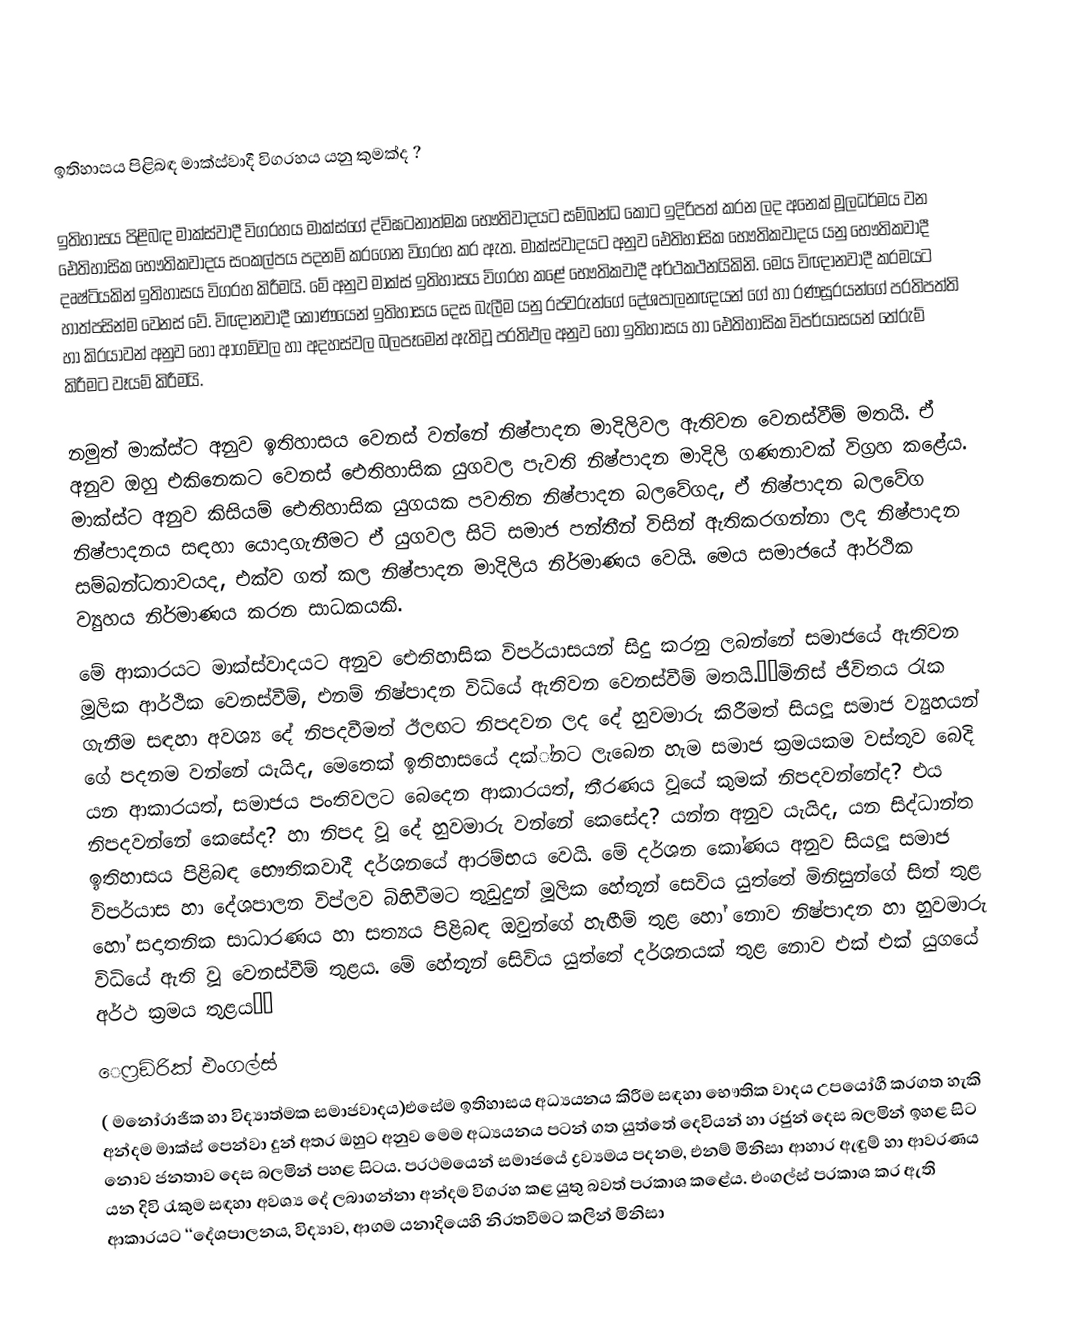

ඉතිහාසය පිළිබඳ මාක්ස්වාදී විග‍්‍රහය යනු කුමක්ද ?

ඉතිහාසය පිළිබඳ මාක්ස්වාදී විග‍්‍රහය මාක්ස්ගේ ද්විඝටනාත්මක භෞතිවාදයට සම්බන්ධ කොට ඉදිරිපත් කරන ලද අනෙක් මූලධර්මය වන ඓතිහාසික භෞතිකවාදය සංකල්පය පදනම් කරගෙන විග‍්‍රහ කර ඇත. මාක්ස්වාදයට අනුව ඓතිහාසික භෞතිකවාදය යනු භෞතිකවාදී දෘෂ්ටියකින් ඉතිහාසය විග‍්‍රහ කිරීමයි. මේ අනුව මාක්ස් ඉතිහාසය විග‍්‍රහ කළේ භෞතිකවාදී අර්ථකථනයිකිනි. මෙය විඥානවාදී ක‍්‍රමයට හාත්පසින්ම වෙනස් වේ. විඥානවාදී කෝණයෙන් ඉතිහාසය දෙස බැලීම යනු රජවරුන්ගේ දේශපාලනඥයන් ගේ හා රණසූරයන්ගේ ප‍්‍රතිපත්ති හා කි‍්‍රයාවන් අනුව හෝ ආගම්වල හා අදහස්වල බලපෑමෙන් ඇතිවූ ප‍්‍රතිඵල අනුව හෝ ඉතිහාසය හා ඓතිහාසික විපර්යාසයන් තේරුම් කිරීමට වෑයම් කිරීමයි.

නමුත් මාක්ස්ට අනුව ඉතිහාසය වෙනස් වන්නේ නිෂ්පාදන මාදිලිවල ඇතිවන වෙනස්වීම් මතයි. ඒ අනුව ඔහු එකිනෙකට වෙනස් ඓතිහාසික යුගවල පැවති නිෂ්පාදන මාදිලි ගණනාවක් විග‍්‍රහ කළේය. මාක්ස්ට අනුව කිසියම් ඓතිහාසික යුගයක පවතින නිෂ්පාදන බලවේගද, ඒ නිෂ්පාදන බලවේග නිෂ්පාදනය සඳහා යොදාගැනීමට ඒ යුගවල සිටි සමාජ පන්තීන් විසින් ඇතිකරගන්නා ලද නිෂ්පාදන සම්බන්ධතාවයද,  එක්ව ගත් කල නිෂ්පාදන මාදිලිය නිර්මාණය වෙයි. මෙය සමාජයේ ආර්ථික ව්‍යුහය නිර්මාණය කරන සාධකයකි.
මේ ආකාරයට මාක්ස්වාදයට අනුව ඓතිහාසික විපර්යාසයන් සිදු කරනු ලබන්නේ සමාජයේ ඇතිවන මූලික ආර්ථික වෙනස්වීම්, එනම් නිෂ්පාදන විධියේ ඇතිවන වෙනස්වීම් මතයි.‘‘මිනිස් ජීවිතය රැක ගැනීම සඳහා අවශ්‍ය දේ නිපදවීමත් ඊලඟට නිපදවන ලද දේ හුවමාරු කිරීමත් සියලූ සමාජ  ව්‍යුහයන් ගේ පදනම වන්නේ යැයිද, මෙතෙක් ඉතිහාසයේ දක්්නට ලැබෙන හැම සමාජ ක‍්‍රමයකම වස්තුව බෙදි යන ආකාරයත්, සමාජය පංතිවලට බෙදෙන ආකාරයත්, තීරණය වූයේ කුමක් නිපදවන්නේද? එය නිපදවන්නේ කෙසේද? හා නිපද වූ දේ හුවමාරු වන්නේ කෙසේද? යන්න අනුව යැයිද, යන සිද්ධාන්ත ඉතිහාසය පිළිබඳ භෞතිකවාදී දර්ශනයේ ආරම්භය වෙයි. මේ දර්ශන කෝණය අනුව සියලූ සමාජ විපර්යාස හා දේශපාලන විප්ලව බිහිවීමට තුඩුදුන් මූලික හේතූන් සෙවිය යුත්තේ මිනිසුන්ගේ සිත් තුළ හෝ සදාතනික සාධාරණය හා සත්‍යය පිළිබඳ ඔවුන්ගේ හැඟීම් තුළ හෝ නොව නිෂ්පාදන හා හුවමාරු විධියේ ඇති වූ වෙනස්වීම් තුළය. මේ හේතූන් සෙිවිය යුත්තේ දර්ශනයක් තුළ නොව එක් එක් යුගයේ අර්ථ ක‍්‍රමය තුළය’’
‍ෙෆ්‍රඞ්රික් එංගල්ස්
( මනෝරාජික හා විද්‍යාත්මක සමාජවාදය)එසේම ඉතිහාසය අධ්‍යයනය කිරීම සඳහා භෞතික වාදය උපයෝගී කරගත හැකි අන්දම මාක්ස් පෙන්වා දුන් අතර ඔහුට අනුව මෙම අධ්‍යයනය පටන් ගත යුත්තේ දෙවියන් හා රජුන් දෙස බලමින් ඉහළ සිට නොව ජනතාව දෙස බලමින් පහළ සිටය. ප‍්‍රථමයෙන් සමාජයේ ද්‍රව්‍යමය පදනම, එනම් මිනිසා ආහාර ඇඳුම් හා ආවරණය යන දිවි රැකුම සඳහා අවශ්‍ය දේ ලබාගන්නා අන්දම විග‍්‍රහ කළ යුතු බවත් ප‍්‍රකාශ කළේය. එංගල්ස් ප‍්‍රකාශ කර ඇති ආකාරයට ‘‘දේශපාලනය, විද්‍යාව, ආගම යනාදියෙහි නිරතවීමට කලින් මිනිසා